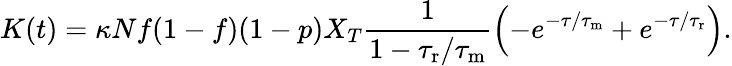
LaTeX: K(t)=\kappa Nf(1-f)(1-p)X_{T}\frac{1}{1-{\tau_{\mathrm{r}}}/{\tau_{\mathrm{m}}}}\left(-e^{-\tau/{\tau_{\mathrm{m}}}}+e^{-\tau/{\tau_{\mathrm{r}}}}\right).